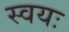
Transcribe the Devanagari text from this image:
स्वयः